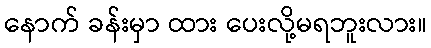
နောက် ခန်းမှာ ထား ပေးလို့မရဘူးလား။